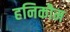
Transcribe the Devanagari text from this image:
हनिकौम